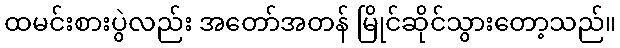
ထမင်းစားပွဲလည်း အတော်အတန် မြိုင်ဆိုင်သွားတော့သည်။